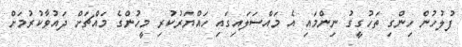
ފުލުހުން ހިންގި ތަހުގީގު ނިންމައި އެ މައްސަލައިގައި ހައްޔަރުކުރި މީހުންގެ މައްޗަށް ދައުވާކުރުމަށް